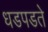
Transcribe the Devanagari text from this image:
धडपडते